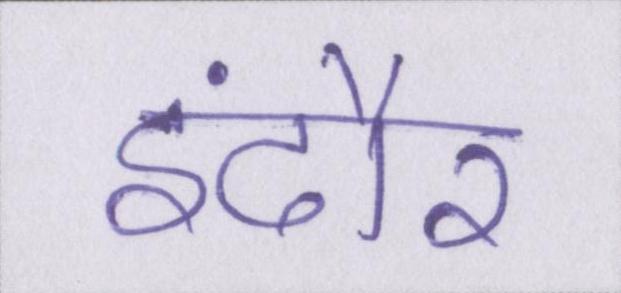
इंदौर